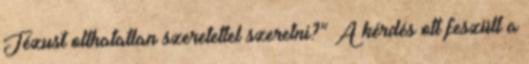
Jézust olthatatlan szeretettel szeretni?” A kérdés ott feszült a